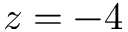
z = - 4